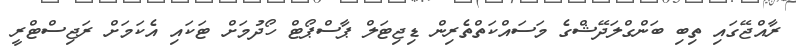
ރާއްޖޭގައި ތިބި ބަންގްލަދޭޝްގެ މަސައްކަތްތެރިން ޑިޖިޓަލް ޕާސްޕޯޓް ހޯދުމަށް ޓަކައި އެކަމަށް ރަޖިސްޓްރީ